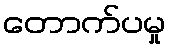
တောက်ပမှု